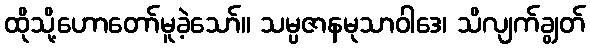
ထိုသို့ဟောတော်မူခဲ့သော်။ သမ္ပဇာနမုသာဝါဒေ၊ သိလျက်ချွတ်